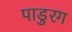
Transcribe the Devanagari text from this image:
पाडुरग